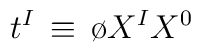
t^I \, \equiv \, {\o{X^I}{X^0}}